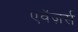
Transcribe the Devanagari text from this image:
एवेंज़र्स